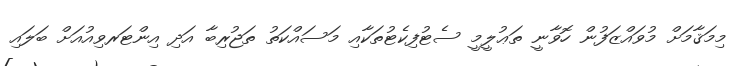
މިމަޤާމަށް މުވައްްޒަފުން ހޮވާނީ ތަޢުލީމީ ސެޓުފިކެޓުތަކާއި މަސައްކަތު ތަޖުރިބާ އަދި އިންޓަރވިއުއަށް ބަލައިި